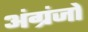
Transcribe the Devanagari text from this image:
अंग्रंजों